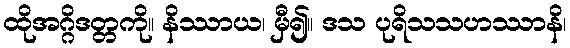
ထိုအဂ္ဂိဒတ္တကို။ နိဿာယ၊ မှီ၍။ ဒသ ပုရိသသဟဿာနိ၊